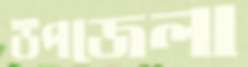
উপজেলা